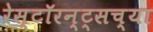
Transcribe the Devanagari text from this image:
रेस्टॉरन्ट्सच्या